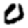
Digit: 0